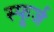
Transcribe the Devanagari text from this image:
स्फूर्ज